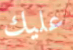
عليك